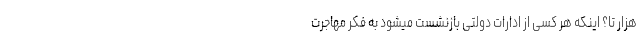
هزار تا؟ اینکه هر کسی از ادارات دولتی بازنشست میشود به فکر مهاجرت